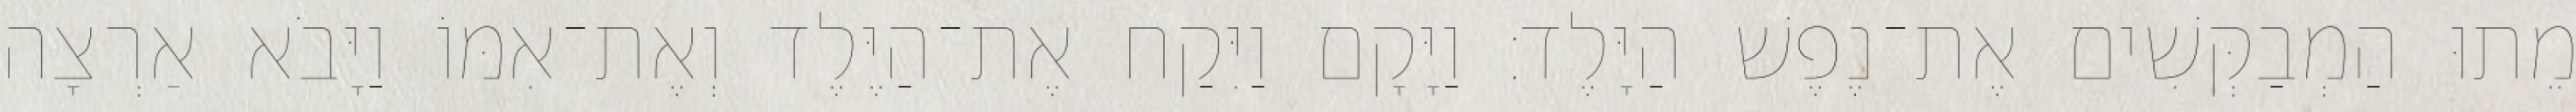
מֵתוּ הַמְבַקְּשִׁים אֶת־נֶפֶשׁ הַיָּלֶד׃ וַיָּקָם וַיִּקַח אֶת־הַיֶּלֶד וְאֶת־אִמּוֹ וַיָּבֹא אַרְצָה